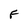
Character: F